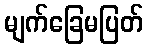
မျက်ခြေမပြတ်